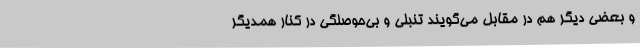
و بعضی دیگر هم در مقابل می‌گویند تنبلی و بی‌حوصلگی در کنار همدیگر